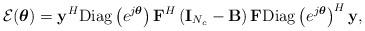
LaTeX: \begin{align*}\mathcal{E}(\boldsymbol{\theta}) = \mathbf{y}^H\mathrm{Diag}\left(e^{j\boldsymbol{\theta}}\right)\mathbf{F}^{H}\left(\mathbf{I}_{N_c} - \mathbf{B}\right)\mathbf{F}\mathrm{Diag}\left(e^{j\boldsymbol{\theta}}\right)^H\mathbf{y},\end{align*}